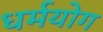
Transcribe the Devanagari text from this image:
धर्मयोग